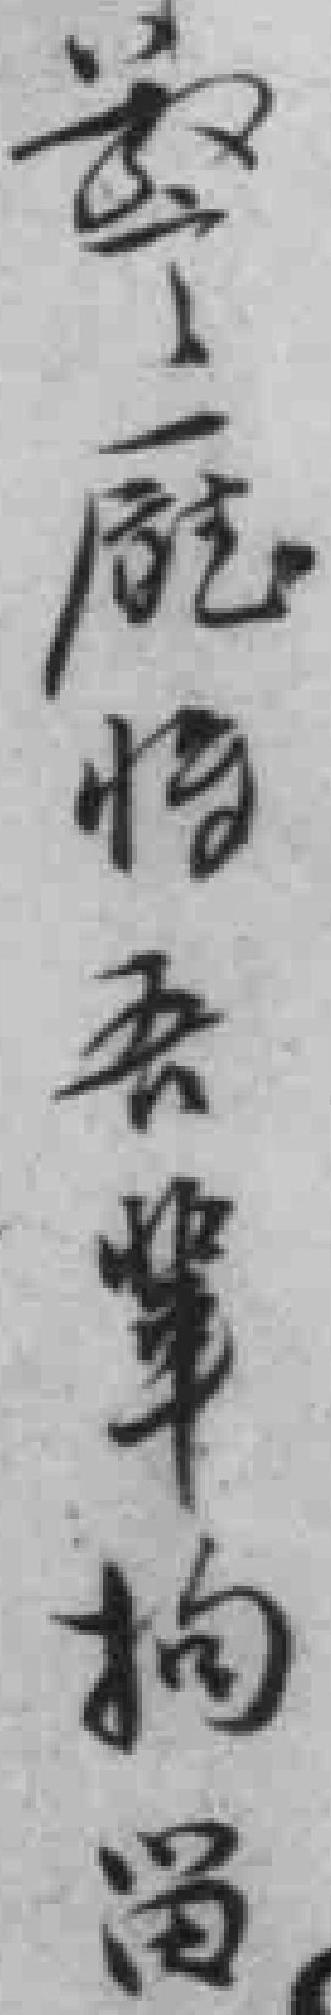
警廰将吾辈拘畄